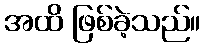
အထိ ဖြစ်ခဲ့သည်။